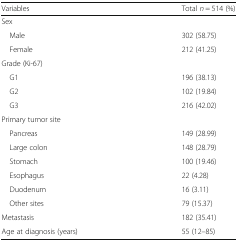
| Variables | Total n = 514 (%) |
 | --- | --- |
 | <COLSPAN=2> Sex |
 | Male | 302 (58.75) |
 | Female | 212 (41.25) |
 | <COLSPAN=2> Grade (Ki-67) |
 | G1 | 196 (38.13) |
 | G2 | 102 (19.84) |
 | G3 | 216 (42.02) |
 | <COLSPAN=2> Primary tumor site |
 | Pancreas | 149 (28.99) |
 | Large colon | 148 (28.79) |
 | Stomach | 100 (19.46) |
 | Esophagus | 22 (4.28) |
 | Duodenum | 16 (3.11) |
 | Other sites | 79 (15.37) |
 | Metastasis | 182 (35.41) |
 | Age at diagnosis (years) | 55 (12–85) |